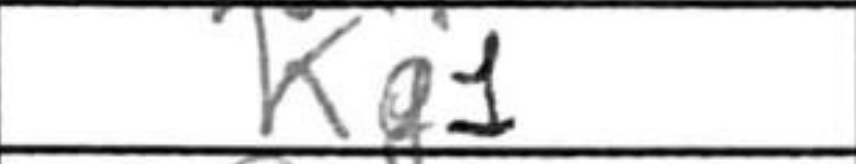
Transcription: Kg1